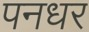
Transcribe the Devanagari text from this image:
पनधर